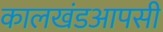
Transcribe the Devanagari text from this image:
कालखंडआपसी